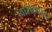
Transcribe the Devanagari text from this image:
नासरेथचा